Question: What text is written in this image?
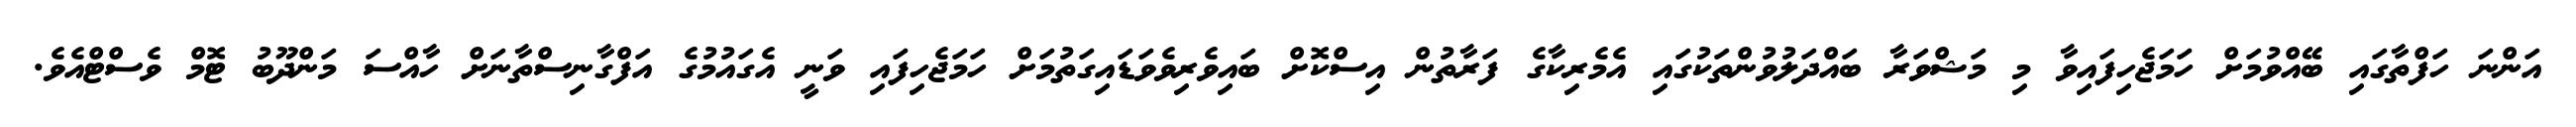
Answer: އަންނަ ހަފްތާގައި ބޭއްވުމަށް ހަމަޖެހިފައިވާ މި މަޝްވަރާ ބައްދަލުވުންތަކުގައި އެމެރިކާގެ ފަރާތުން އިސްކޮށް ބައިވެރިވެވަޑައިގަތުމަށް ހަމަޖެހިފައި ވަނީ އެގައުމުގެ އަފްގާނިސްތާނަށް ހާއްސަ މަންދޫބު ޓޮމް ވެސްޓްއެވެ.